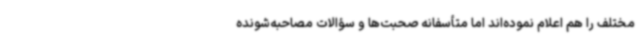
مختلف را هم اعلام نموده‌اند اما متأسفانه صحبت‌ها و سؤالات مصاحبه‌شونده